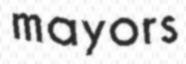
mayors